画像に写った文字を読んでください
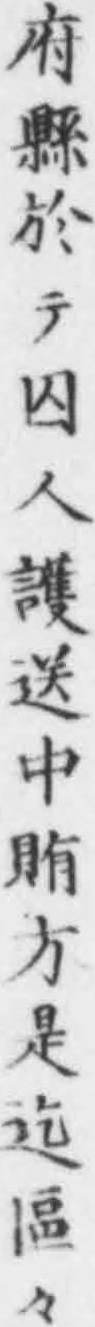
「府縣於テ囚人護送中賄方是迄區々」と書いてあります